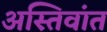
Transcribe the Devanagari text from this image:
अस्तिवांत